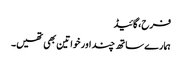
فرح،گائیڈ
ہمارے ساتھ چند اور خواتین بھی تھیں۔